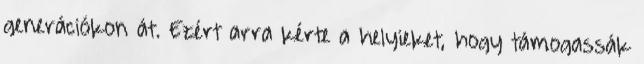
generációkon át. Ezért arra kérte a helyieket, hogy támogassák